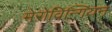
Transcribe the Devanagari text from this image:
मेरोविन्गियन